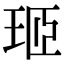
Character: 㺿